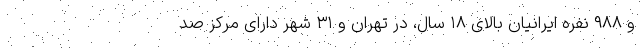
و ۹۸۸ نفره ایرانیان بالای ۱۸ سال، در تهران و ۳۱ شهر دارای مرکز صد